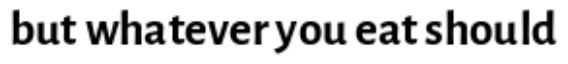
but whatever you eat should